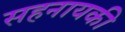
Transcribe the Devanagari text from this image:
सहनायकी